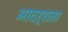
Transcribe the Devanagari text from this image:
आदर्शता